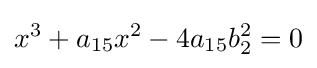
x^{3}+a_{15}x^{2}-4a_{15}b_{2}^{2}=0